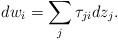
LaTeX: \begin{align*} dw_i =\sum_j \tau_{ji}dz_j.\end{align*}